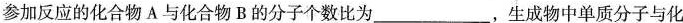
参加反应的化合物A与化合物B的分子个数比为___，生成物中单质分子与化